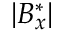
| B _ { x } ^ { * } |